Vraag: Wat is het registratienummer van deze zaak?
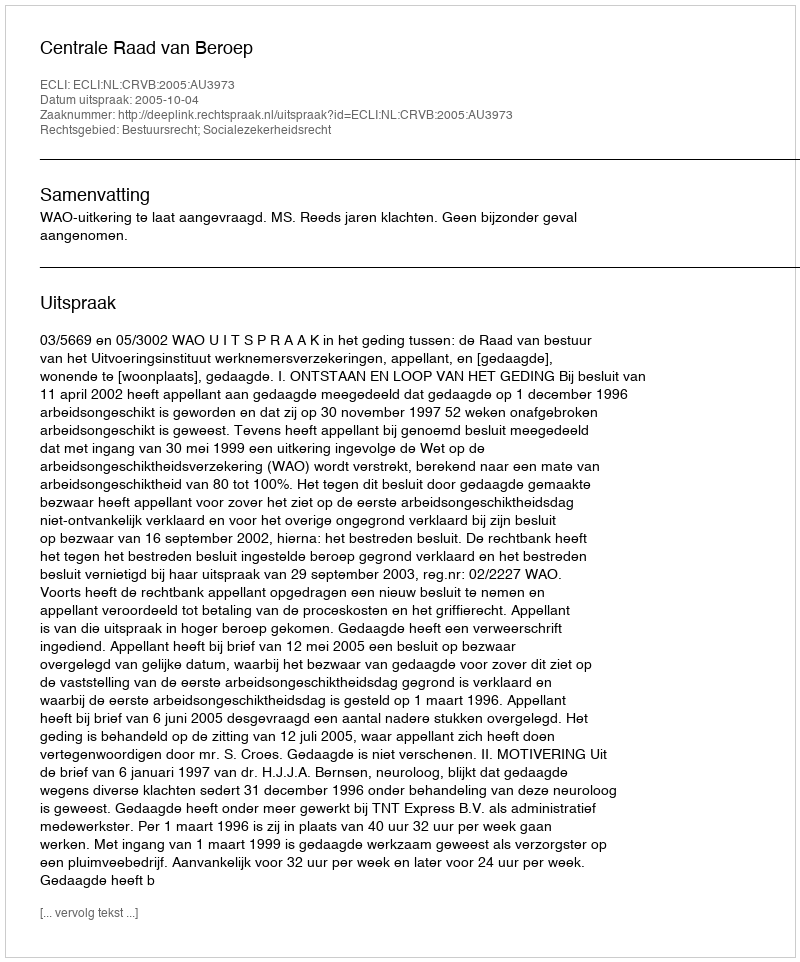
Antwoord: http://deeplink.rechtspraak.nl/uitspraak?id=ECLI:NL:CRVB:2005:AU3973